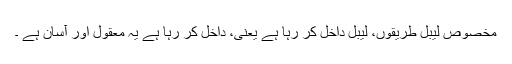
مخصوص لیبل طریقوں، لیبل داخل کر رہا ہے یعنی، داخل کر رہا ہے یہ معقول اور آسان ہے ۔